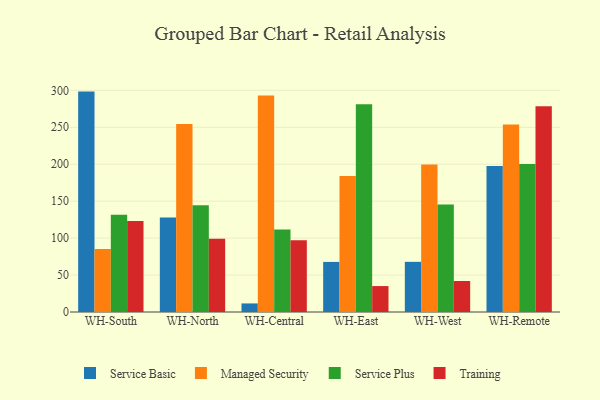
{"axis": {"x": "Warehouse", "y": "Page Views"}, "legend": ["Managed Security", "Service Basic", "Service Plus", "Training"], "data": [{"x": "WH-South", "y": 298.3, "type": "Service Basic"}, {"x": "WH-South", "y": 85.3, "type": "Managed Security"}, {"x": "WH-South", "y": 131.5, "type": "Service Plus"}, {"x": "WH-South", "y": 123.1, "type": "Training"}, {"x": "WH-North", "y": 127.9, "type": "Service Basic"}, {"x": "WH-North", "y": 254.6, "type": "Managed Security"}, {"x": "WH-North", "y": 144.6, "type": "Service Plus"}, {"x": "WH-North", "y": 99.1, "type": "Training"}, {"x": "WH-Central", "y": 11.6, "type": "Service Basic"}, {"x": "WH-Central", "y": 293.1, "type": "Managed Security"}, {"x": "WH-Central", "y": 111.8, "type": "Service Plus"}, {"x": "WH-Central", "y": 97.0, "type": "Training"}, {"x": "WH-East", "y": 67.8, "type": "Service Basic"}, {"x": "WH-East", "y": 184.1, "type": "Managed Security"}, {"x": "WH-East", "y": 281.2, "type": "Service Plus"}, {"x": "WH-East", "y": 35.1, "type": "Training"}, {"x": "WH-West", "y": 67.9, "type": "Service Basic"}, {"x": "WH-West", "y": 199.5, "type": "Managed Security"}, {"x": "WH-West", "y": 145.4, "type": "Service Plus"}, {"x": "WH-West", "y": 42.0, "type": "Training"}, {"x": "WH-Remote", "y": 197.7, "type": "Service Basic"}, {"x": "WH-Remote", "y": 253.8, "type": "Managed Security"}, {"x": "WH-Remote", "y": 200.2, "type": "Service Plus"}, {"x": "WH-Remote", "y": 278.6, "type": "Training"}]}